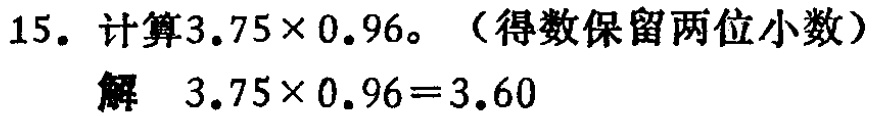
15. 计算\(3.75\times0.96\)。（得数保留两位小数）
解 \(3.75\times0.96 = 3.60\)